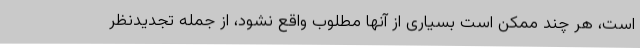
است، هر چند ممکن است بسیاری از آنها مطلوب واقع نشود، از جمله تجدیدنظر